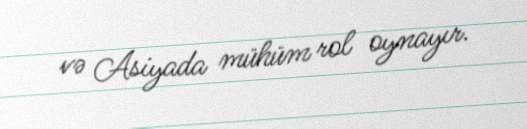
və Asiyada mühüm rol oynayır.